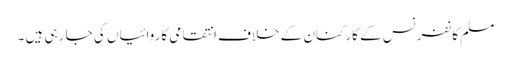
مسلم کانفرنس کے کارکنان کے خلاف انتقامی کاروائیاں کی جا رہی ہیں ۔